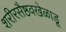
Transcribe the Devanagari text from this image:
शरीरसैष्ठवखेळाडू